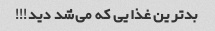
بدترین غذایی که می‌شد دید!!!